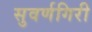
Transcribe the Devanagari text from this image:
सुवर्णगिरी